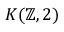
K ( \mathbb { Z } , 2 )